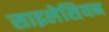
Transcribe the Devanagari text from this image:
साइलेसियन